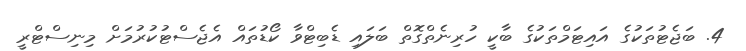
4. ބަޖެޓުތަކުގެ އައިޓަމްތަކުގެ ބާކީ ހުރިނެތްގޮތް ބަލައި ޑެބިޓްވާ ކޯޑުތައް އެޖެސްޓުކުރުމަށް މިނިސްޓްރީ